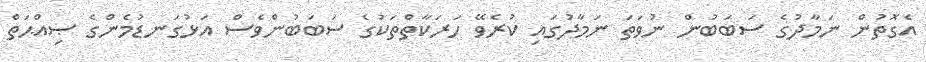
އެގޮތުން ނަމާދުގެ ސަބަބުން ނުވަތަ ނަމާދުގައި ކުރެވޭ ހަރަކާތްތަކުގެ ސަބަބުންވެސް އަޅުގަނޑުމެންގެ ޞިއްޙަތް